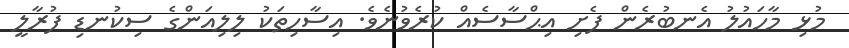
މުޅި މާހައުލު އެނބުރެން ފެށި އިޙްސާސެއް ކުރެވުނެވެ. އިސާހިތަކު ލިލިއަންގެ ސިކުނޑި ފުރާލީ